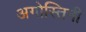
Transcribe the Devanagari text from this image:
अगोस्तिनी